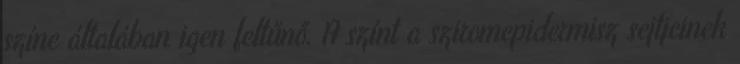
színe általában igen feltűnő. A színt a sziromepidermisz sejtjeinek